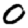
Digit: 0